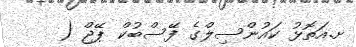
ށ.އަތޮޅު ކައުންސިލްގެ ފޭސްބުކް ޕޭޖް (